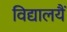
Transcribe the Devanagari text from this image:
विद्यालयैं